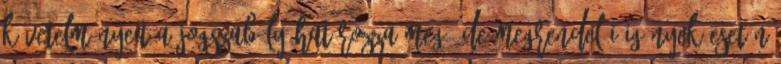
követelményeit a jogszabály határozza meg, de megrendelői igények esetén